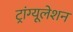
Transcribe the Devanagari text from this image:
ट्रांग्यूलेशन